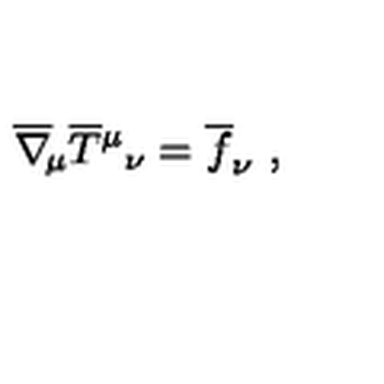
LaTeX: \overline { \nabla } _ { \! \mu } \overline { T } { ^ \mu } { _ \nu } = \overline { f } _ { \nu } \ ,